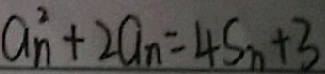
a _ { n } ^ { 2 } + 2 a _ { n } = 4 S _ { n } + 3